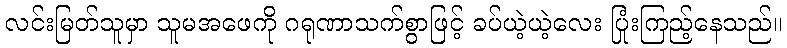
လင်းမြတ်သူမှာ သူမအဖေကို ဂရုဏာသက်စွာဖြင့် ခပ်ယဲ့ယဲ့လေး ပြုံးကြည့်နေသည်။